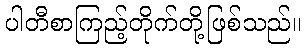
ပါတီစာကြည့်တိုက်တို့ဖြစ်သည်။